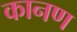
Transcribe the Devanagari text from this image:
कानण